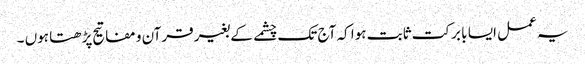
یہ عمل ایسا با برکت ثابت ہوا کہ آج تک چشمے کے بغیر قرآن و مفاتیح پڑھتا ہوں ۔